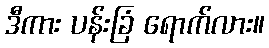
ဒီကား ပန်းခြံ ရောက်လား။